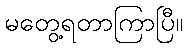
မတွေ့ရတာကြာပြီ။